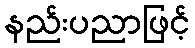
နည်းပညာဖြင့်